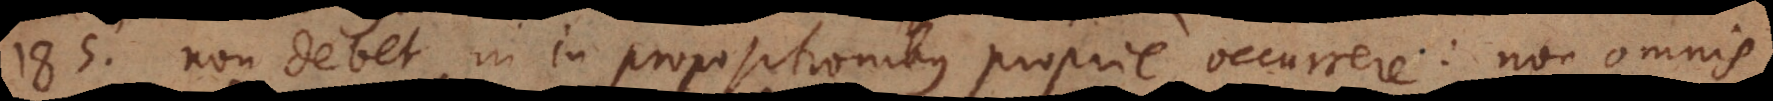
185) Non debet in propositionibus proprie occurrere: non omnis,